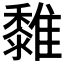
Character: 𩁄